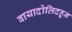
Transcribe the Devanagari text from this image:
वायादोलिदहून